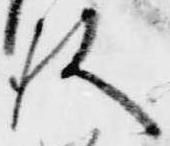
歟